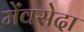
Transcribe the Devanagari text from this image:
मेंवसेदा